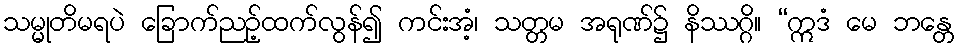
သမ္မုတိမရပဲ ခြောက်ညဉ့်ထက်လွန်၍ ကင်းအံ့၊ သတ္တမ အရုဏ်၌ နိဿဂ္ဂိ။ “ဣဒံ မေ ဘန္တေ